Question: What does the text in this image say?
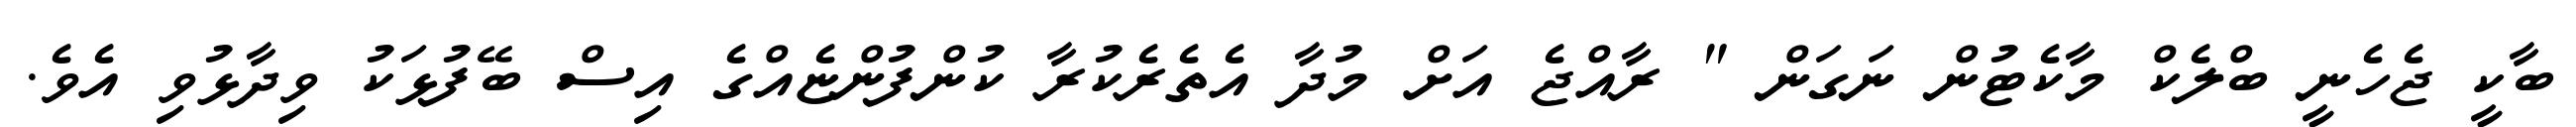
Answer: ބާކީ ޖެހެނީ ބްލެކް މާކެޓުން ނަގަން " ރާއްޖެ އަށް މުދާ އެތެރެކުރާ ކުންފުންޏެއްގެ އިސް ބޭފުޅަކު ވިދާޅުވި އެވެ.